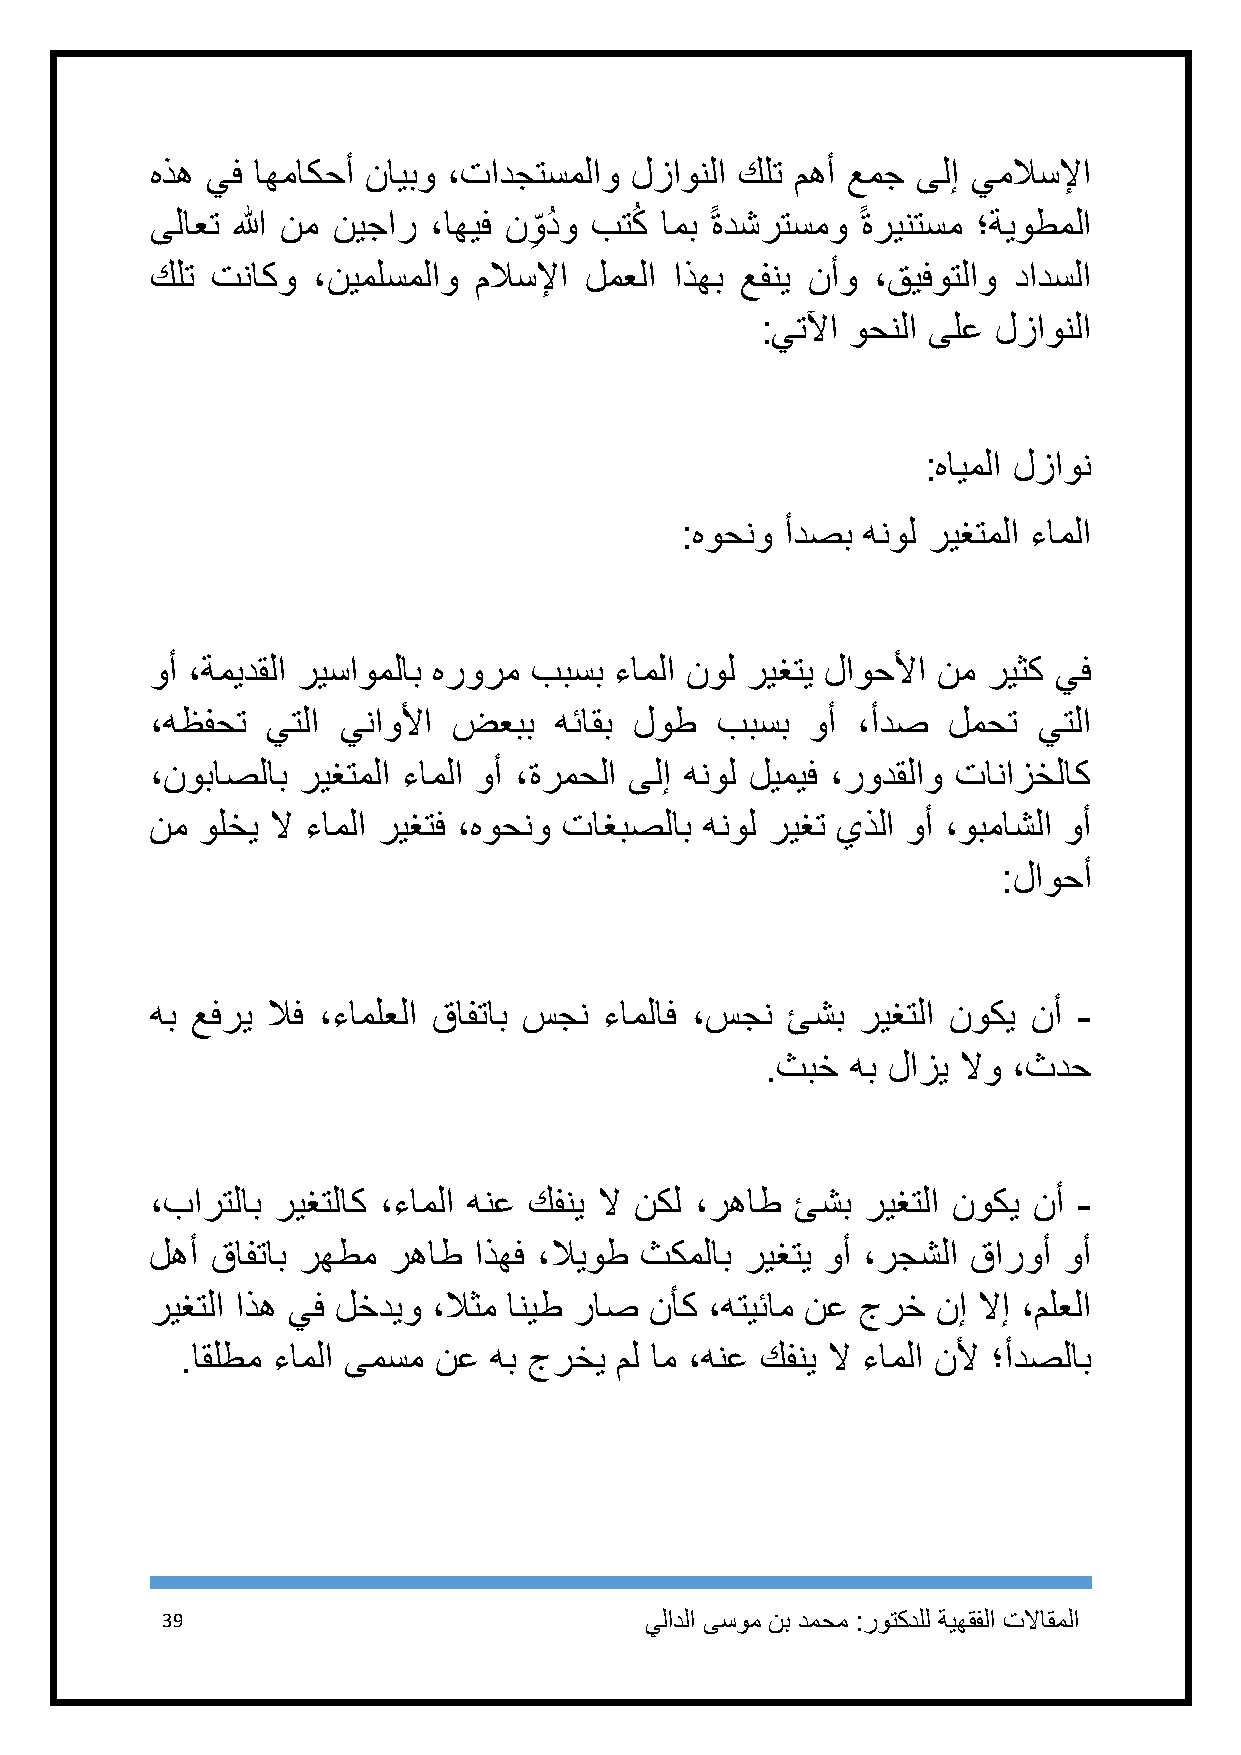
هذه يف اهماكحأ نايبو ،تادجتسملاو لزاونلا كلت مهأ عمج ىلإ يملاسلإا
 ىلاعت الله نم نيجار ،اهيف نو
 ِ
 دُ و بتكُ امب ًةدشرتسمو ًةرينتسم ؛ةيوطملا
 كلت تناكو  ،نيملسملاو ملاسلإا لمعلا اذهب عفني نأو ،قيفوتلاو دادسلا
 :يتلآا وحنلا ىلع لزاونلا
 :هايملا لزاون
 :هوحنو أدصب هنول ريغتملا ءاملا
 وأ ،ةميدقلا ريساوملاب هرورم ببسب ءاملا نول ريغتي لاوحلأا نم ريثك يف
 ،هظفحت  يتلا يناولأا ضعبب  هئاقب لوط ببسب   وأ ،أدص  لمحت  يتلا
 ،نوباصلاب ريغتملا ءاملا وأ ،ةرمحلا ىلإ هنول ليميف ،رودقلاو تانازخلاك
 نم ولخي لا ءاملا ريغتف ،هوحنو تاغبصلاب هنول ريغت يذلا وأ ،وبماشلا وأ
 :لاوحأ
 هب عفري لاف ،ءاملعلا قافتاب سجن ءاملاف ،سجن ئشب ريغتلا نوكي نأ -
 .ثبخ هب لازي لاو ،ثدح
 ،بارتلاب ريغتلاك ،ءاملا هنع كفني لا نكل ،رهاط ئشب ريغتلا نوكي نأ -
 لهأ قافتاب رهطم رهاط اذهف ،لايوط ثكملاب ريغتي وأ ،رجشلا قاروأ وأ
 ريغتلا اذه يف لخديو ،لاثم انيط راص نأك ،هتيئام نع جرخ نإ لاإ ،ملعلا
 .اقلطم ءاملا ىمسم نع هب جرخي مل ام ،هنع كفني لا ءاملا نلأ ؛أدصلاب
 39                              يلادلا ىسوم نب دمحم :روتكدلل ةيهقفلا تلااقملا